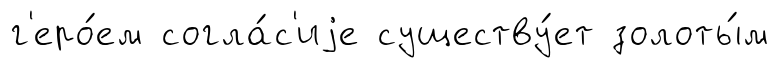
г'еро́ем согла́с'иjе существу́ет золоты́м